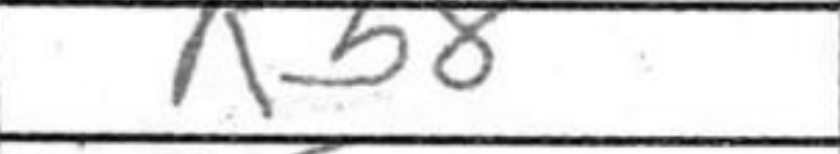
Transcription: Rb8